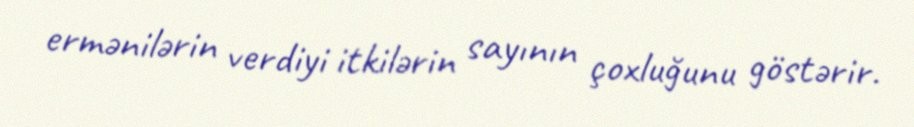
ermənilərin verdiyi itkilərin sayının çoxluğunu göstərir.